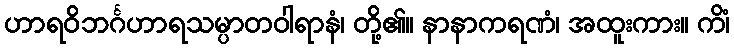
ဟာရဝိဘင်္ဂဟာရသမ္ပာတဝါရာနံ၊ တို့၏။ နာနာကရဏံ၊ အထူးကား။ ကိံ၊